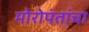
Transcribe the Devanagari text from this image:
मोरोपंतांचा